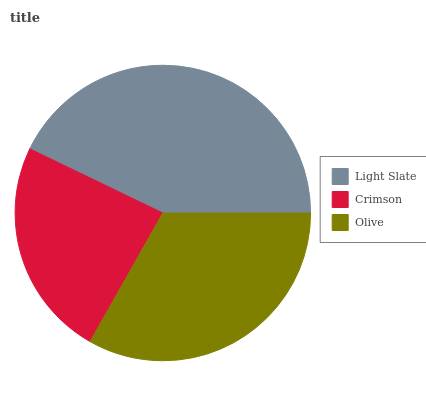
| Light Slate | Crimson | Olive |
 | --- | --- | --- |
 | 42.8% | 24% | 33.2% |